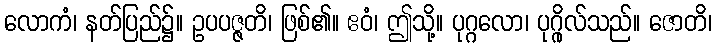
လောကံ၊ နတ်ပြည်၌။ ဥပပဇ္ဇတိ၊ ဖြစ်၏။ ဧဝံ၊ ဤသို့။ ပုဂ္ဂလော၊ ပုဂ္ဂိုလ်သည်။ ဇောတိ၊